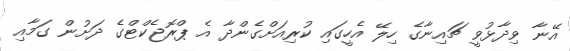
އޭނާ ވިދާޅުވީ ޗައިނާގެ ހިލޭ އެހީގައި ކުރިއަށްގެންދާ އެ ޕްރޮޖެކްޓްގެ ދަށުން ގަމާއި